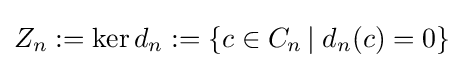
Z_{n}:=\ker d_{n}:=\{c\in C_{n}\,|\;d_{n}(c)=0\}